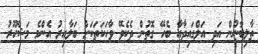
ތާލިބާނުން އަދި އަލްގައިދާއާ ބެހޭ ގޮތުން ދެކެވޭ ވާހަކަތަކަށް ބަލާއިރު އެންމެ މަޝްހޫރު